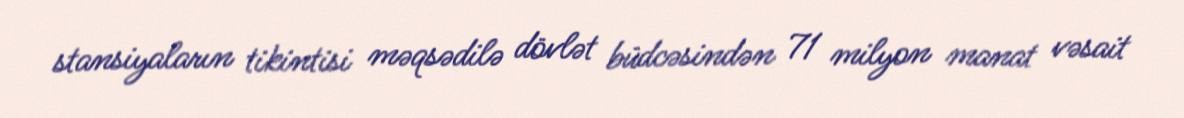
stansiyaların tikintisi məqsədilə dövlət büdcəsindən 71 milyon manat vəsait